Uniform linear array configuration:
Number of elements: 8
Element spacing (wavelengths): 0.25
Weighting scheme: kaiser
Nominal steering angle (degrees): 60
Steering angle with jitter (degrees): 59.265
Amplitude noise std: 0.05
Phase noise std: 0.05

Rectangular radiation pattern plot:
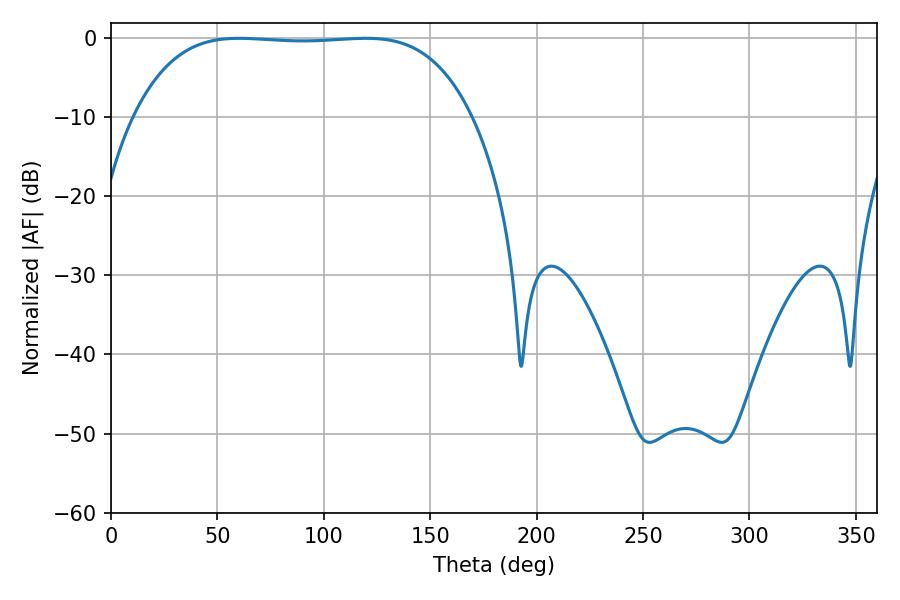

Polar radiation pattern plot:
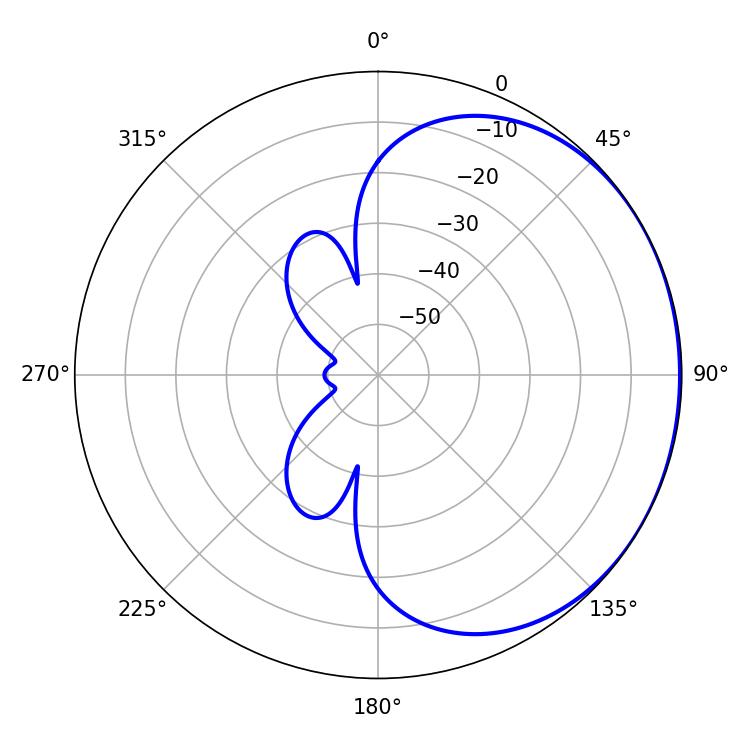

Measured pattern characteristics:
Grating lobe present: FALSE
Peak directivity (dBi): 0.756
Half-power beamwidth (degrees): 123.48
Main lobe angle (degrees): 60.12